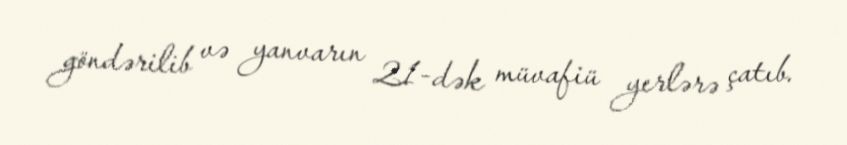
göndərilib və yanvarın 21-dək müvafiü yerlərə çatıb.